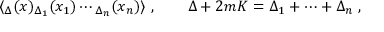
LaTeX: \langle \O _ { \Delta } ( x ) \O _ { \Delta _ { 1 } } ( x _ { 1 } ) \cdots \O _ { \Delta _ { n } } ( x _ { n } ) \rangle \ , \qquad \Delta + 2 m { \cal K } = \Delta _ { 1 } + \cdots + \Delta _ { n } \ ,